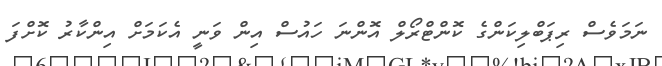
ނަމަވެސް ރިޕަބްލިކަންގެ ކޮންޓްރޯލް އޮންނަ ހައުސް އިން ވަނީ އެކަމަށް އިންކާރު ކޮށްފަ